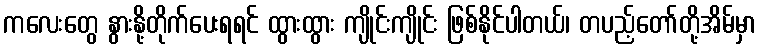
ကလေးတွေ နွားနို့တိုက်ပေးရရင် ထွားထွား ကျိုင်းကျိုင်း ဖြစ်နိုင်ပါတယ်၊ တပည့်တော်တို့အိမ်မှာ